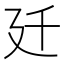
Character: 𢌙